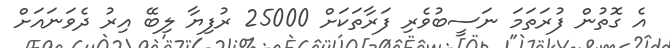
އެ ގޮތުން ފުރަތަމަ ނަސީބުވެރި ފަރާތަކަށް 25000 ރުފިޔާ ލިބޭ އިރު ދެވަނައަށް